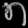
Digit: ၈